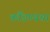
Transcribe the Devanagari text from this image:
कौंडण्यचा